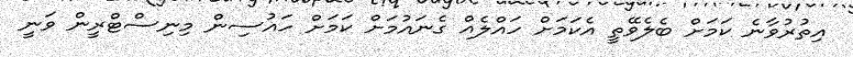
އިތުރުވާނެ ކަމަށް ބެލެވޭތީ އެކަމަށް ހައްލެއް ގެނައުމަށް ކަމަށް ހައުސިން މިނިސްޓްރީން ވަނީ